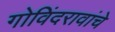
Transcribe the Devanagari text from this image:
गोविंदरावांचे